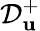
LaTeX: \mathcal{D}_{\mathbf{u}}^{+}